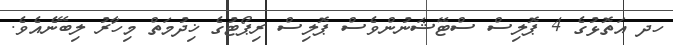
ހދ އަތޮޅުގެ 4 ޕޮލިސް ސްޓޭޝަނުންވެސް ޕޮލިސް ރިޕޯޓުގެ ޚިދުމަތް މިހާރު ލިބޭނެއެވެ.